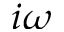
i \omega